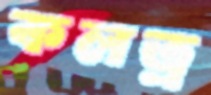
কলত্র